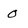
Character: O